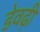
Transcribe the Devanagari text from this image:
डेवढ़ी